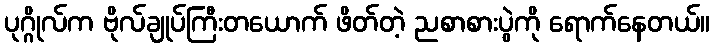
ပုဂ္ဂိုလ်က ဗိုလ်ချုပ်ကြီးတယောက် ဖိတ်တဲ့ ညစာစားပွဲကို ရောက်နေတယ်။